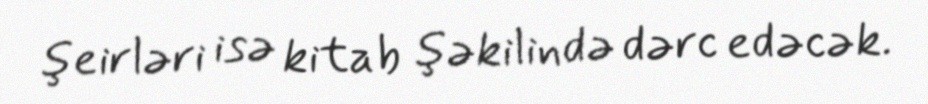
şeirləri isə kitab şəkilində dərc edəcək.